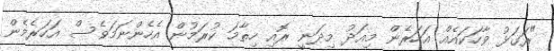
"ރަގަޅު ވާހަކައެއް އަހަރެން މިއަދު މިދަނީ ރޮއި ހިތާމަ ކުރަމުން އެހެންނަމަވެސް އަހަރެމެން